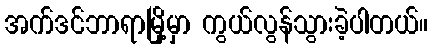
အက်ဒင်ဘာရာမြို့မှာ ကွယ်လွန်သွားခဲ့ပါတယ်။